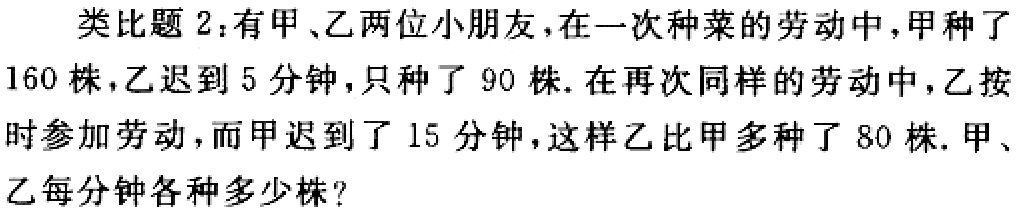
类比题2：有甲、乙两位小朋友，在一次种菜的劳动中，甲种了

160株，乙迟到5分钟，只种了90株. 在再次同样的劳动中，乙按

时参加劳动，而甲迟到了15分钟，这样乙比甲多种了80株. 甲、

乙每分钟各种多少株？